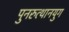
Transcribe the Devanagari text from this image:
पुनरुत्थानयुग